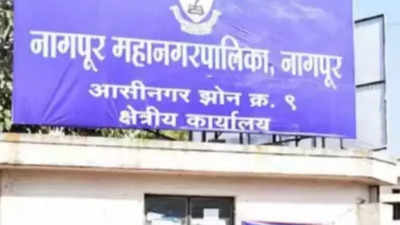
Language: marathi
Transcription: नागपूर नागपूर आसीनगर झोन क्षेत्रीय क्र. कार्यालय